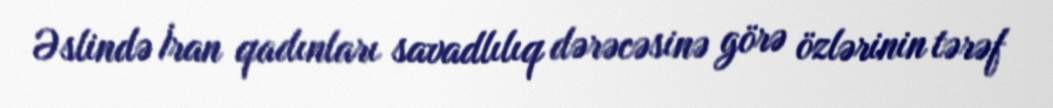
Əslində İran qadınları savadlılıq dərəcəsinə görə özlərinin tərəf